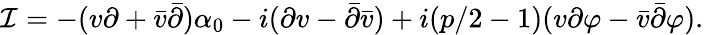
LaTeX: \mathcal I=-(v\partial+\bar{v}\bar{\partial})\alpha_{0}-i(\partial v-\bar{\partial}\bar{v})+i(p/2-1)(v\partial\varphi-\bar{v}\bar{\partial}\varphi).